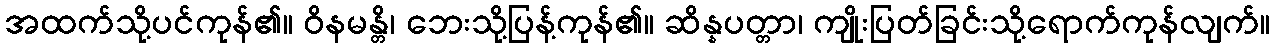
အထက်သို့ပင်ကုန်၏။ ဝိနမန္တိ၊ ဘေးသို့ပြန့်ကုန်၏။ ဆိန္နပတ္တာ၊ ကျိုးပြတ်ခြင်းသို့ရောက်ကုန်လျက်။